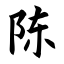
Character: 陈